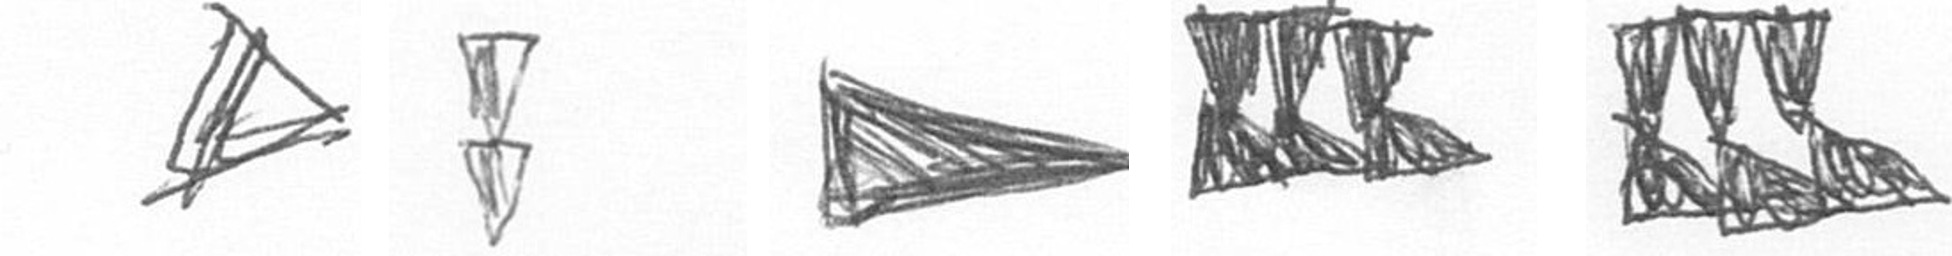
O Z T D D